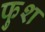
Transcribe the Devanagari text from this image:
फुश